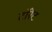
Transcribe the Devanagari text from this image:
टॉरेट